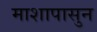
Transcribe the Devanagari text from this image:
माशापासुन